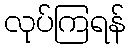
လုပ်ကြရန်